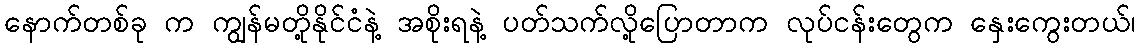
နောက်တစ်ခု က ကျွန်မတို့နိုင်ငံနဲ့ အစိုးရနဲ့ ပတ်သက်လို့ပြောတာက လုပ်ငန်းတွေက နှေးကွေးတယ်၊